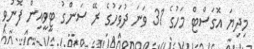
މިދިޔަ އޮގަސްޓް މަހުގެ 31 ވަނަ ދުވަހުގެ ރޭ ސަންގު ޓީވީއިން ފޮނުވި